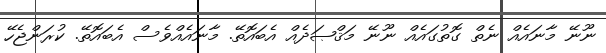
ނޫނޭ މާނައެއް ނެތް ގޮތުގައެއް ނޫނޭ މަޤްޞަދެއް އެބައޮތޭ. މާނައެއްވެސް އެބައޮތޭ. ކުރަންޖެހޭ